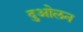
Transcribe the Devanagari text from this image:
दुओलन